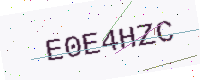
Text: E0E4HZC